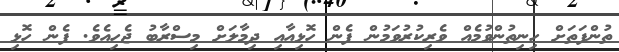
ތުންފަތަށް ހިނިތުންވުމެއް ވެރިކުރުވަމުން ފެން ހޮޅިއާއި ދިމާލަށް މިސްރާބު ޖެހިއެވެ. ފެން ހޮޅި